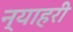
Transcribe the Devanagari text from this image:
न्याहरी